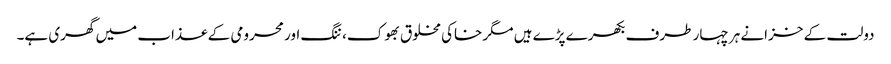
دولت کے خزانے ہر چہار طرف بکھرے پڑے ہیں مگر خاکی مخلوق بھوک، ننگ اور محرومی کے عذاب میں گھری ہے۔